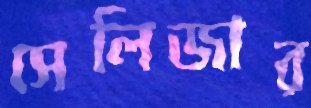
সেলিজার